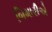
બિમારીએ